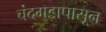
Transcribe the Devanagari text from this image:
चंदगडापासून